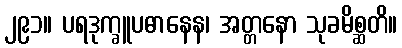
၂၉၁။ ပရဒုက္ခူပဓာနေန၊ အတ္တနော သုခမိစ္ဆတိ။